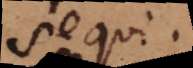
sequi.